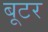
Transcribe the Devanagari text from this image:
बूटर